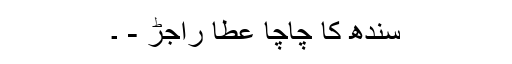
سندھ کا چاچا عطا راجڑ - ۔